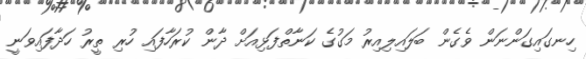
ހިނގައިގަންނަން ވެގެން ބަލައިލިއިރު މަގުގެ ކަނާތްފަޅިއަށް ދާން ކުރަހާފައި ހުރި ތީރު ހަދާފައިވަނީ